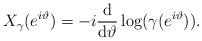
LaTeX: \begin{align*}X_\gamma(e^{i\vartheta})= -i\frac{{\rm d}}{{\rm d}\vartheta}\log (\gamma(e^{i\vartheta})).\end{align*}